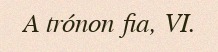
A trónon fia, VI.